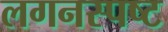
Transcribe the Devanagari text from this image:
लगनस्पष्ट